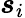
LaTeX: \boldsymbol{s}_{i}